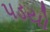
૫ડયો